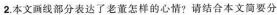
2.本文面线部分表达了老董怎样的心情? 请结合本文简要分